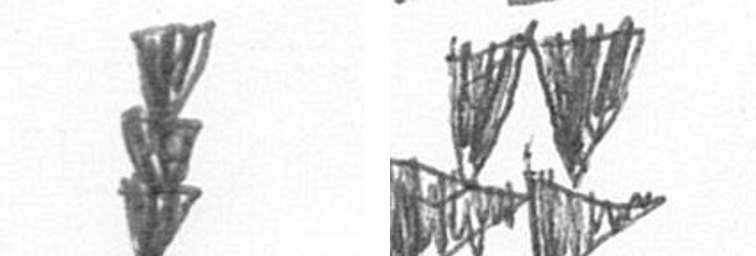
E B